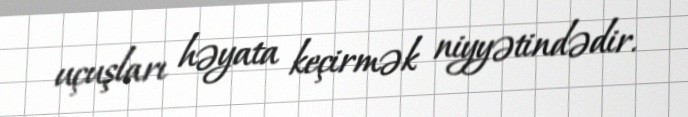
uçuşları həyata keçirmək niyyətindədir.